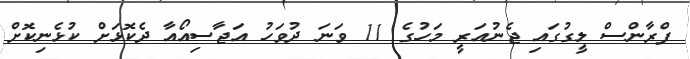
ފްރާންސް ލީގުގައި ޖެނުއަރީ މަހުގެ 11 ވަނަ ދުވަހު އަޖާސިއޯއާ ދެކޮޅަށް ކުޅެނިކޮށް